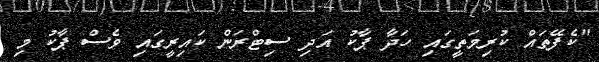
"ކެފޭތައް ކުރިމަތީގައި ހަދާ ޕާކު އަދި ސިޓްރަން ކައިރީގައި ވެސް ޕާކު މި